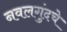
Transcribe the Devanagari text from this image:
नवलगुंदचे